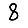
Digit: 8